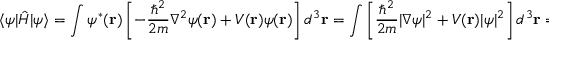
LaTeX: \langle \psi | { \hat { H } } | \psi \rangle = \int \psi ^ { * } ( \mathbf { r } ) \left[ - { \frac { \hbar ^ { 2 } } { 2 m } } \nabla ^ { 2 } \psi ( \mathbf { r } ) + V ( \mathbf { r } ) \psi ( \mathbf { r } ) \right] d ^ { 3 } \mathbf { r } = \int \left[ { \frac { \hbar ^ { 2 } } { 2 m } } | \nabla \psi | ^ { 2 } + V ( \mathbf { r } ) | \psi | ^ { 2 } \right] d ^ { 3 } \mathbf { r } = \langle { \hat { H } } \rangle